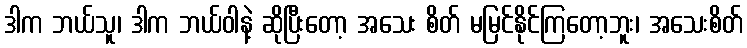
ဒါက ဘယ်သူ၊ ဒါက ဘယ်ဝါနဲ့ ဆိုပြီးတော့ အသေး စိတ် မမြင်နိုင်ကြတော့ဘူး၊ အသေးစိတ်